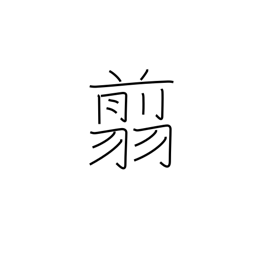
Meaning: scissors